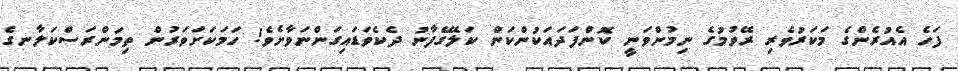
ފަހެ އެއުރެންގެ މަކަރުވެރި ރޭވުމުގެ ނިމުންވަނީ ކޮންފަދައަކުންކަން ކަލޭގެފާނު ދެކެވަޑައިގަންނަވާށެވެ! ހަމަކަށަވަރުން ތިމަންރަސްކަލާނގެ